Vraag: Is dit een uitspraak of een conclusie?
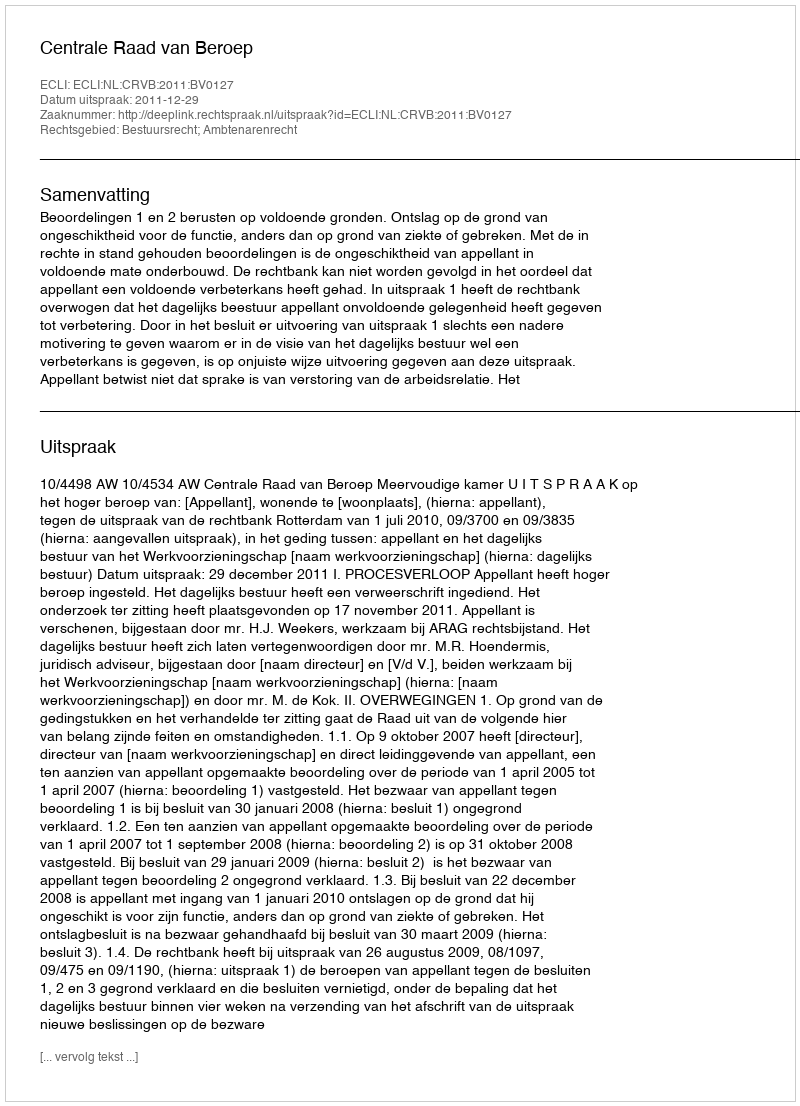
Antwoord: Uitspraak